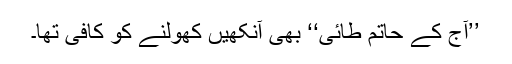
’’آج کے حاتم طائی‘‘ بھی آنکھیں کھولنے کو کافی تھا۔